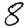
Digit: 8